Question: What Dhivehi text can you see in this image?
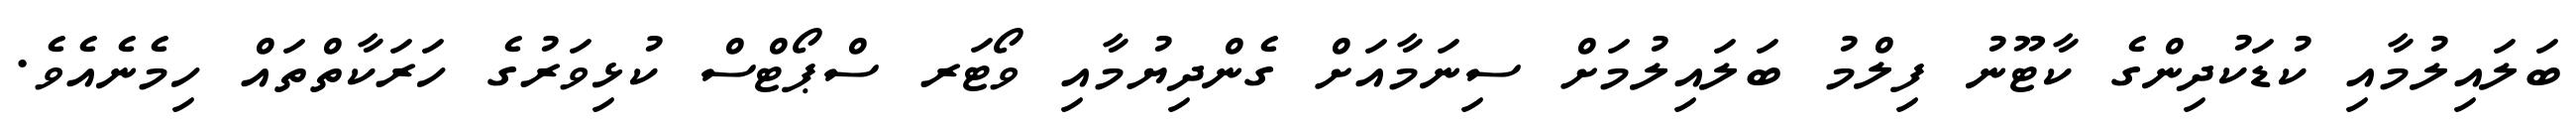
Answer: ބަލައިލުމާއި ކުޑަކުދިންގެ ކާޓޫނު ފިލްމު ބަލައިލުމަށް ސިނަމާއަށް ގެންދިޔުމާއި ވޯޓަރ ސްޕޯޓްސް ކުޅިވަރުގެ ހަރަކާތްތައް ހިމެނެއެވެ.